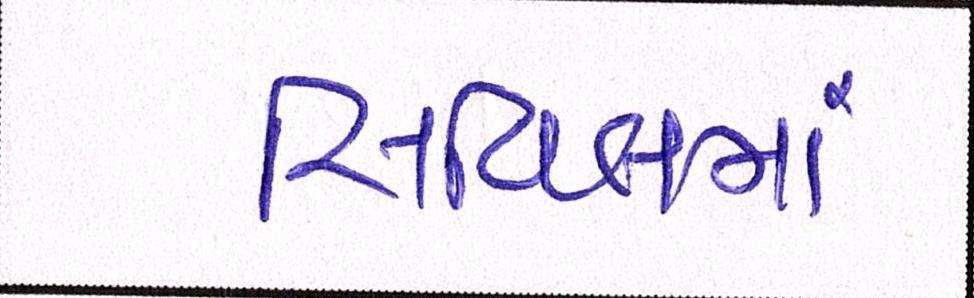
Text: સિવિલમાં